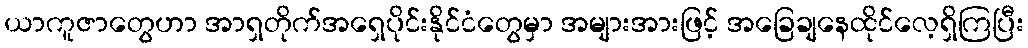
ယာကူဇာတွေဟာ အာရှတိုက်အရှေပိုင်းနိုင်ငံတွေမှာ အများအားဖြင့် အခြေချနေထိုင်လေ့ရှိကြပြီး